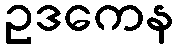
ဥဒကေန